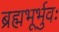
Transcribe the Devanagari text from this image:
ब्रह्मभूर्भुवः